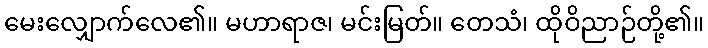
မေးလျှောက်လေ၏။ မဟာရာဇ၊ မင်းမြတ်။ တေသံ၊ ထိုဝိညာဉ်တို့၏။